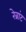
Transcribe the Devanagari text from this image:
रेब्रांट